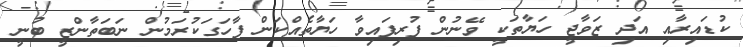
ކުޑައިރާއި އަދި ޒަވާޖީ ހަޔާތަކީ ވޭނުން ފުރިފައިވާ ހަޔާތެއްކަން ފާހަގަކުރަމުން ނަބަތާންޒީ ބުނީ